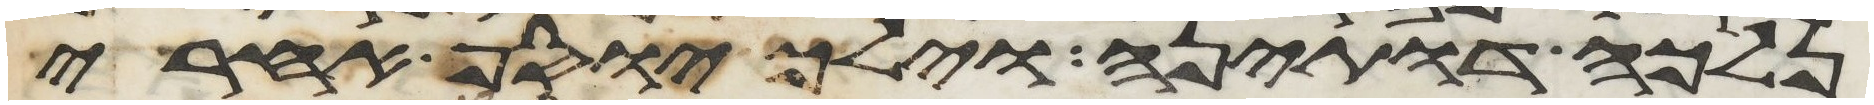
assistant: נלכה דותינה וילך יוסף אחרי